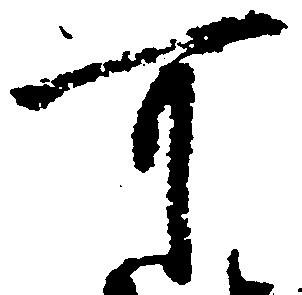
可